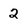
Character: 2